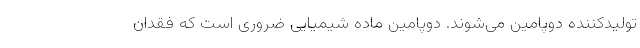
تولیدکننده دوپامین می‌شوند. دوپامین ماده شیمیایی ضروری است که فقدان